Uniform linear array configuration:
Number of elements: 8
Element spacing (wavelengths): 0.75
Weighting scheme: hann
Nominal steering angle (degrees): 45
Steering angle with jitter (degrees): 43.774
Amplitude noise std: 0.05
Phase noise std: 0.05

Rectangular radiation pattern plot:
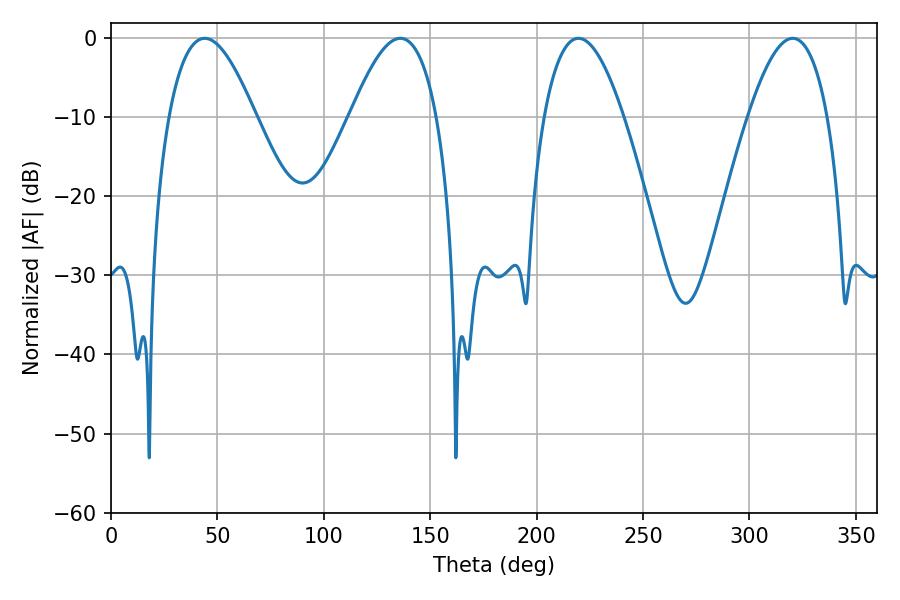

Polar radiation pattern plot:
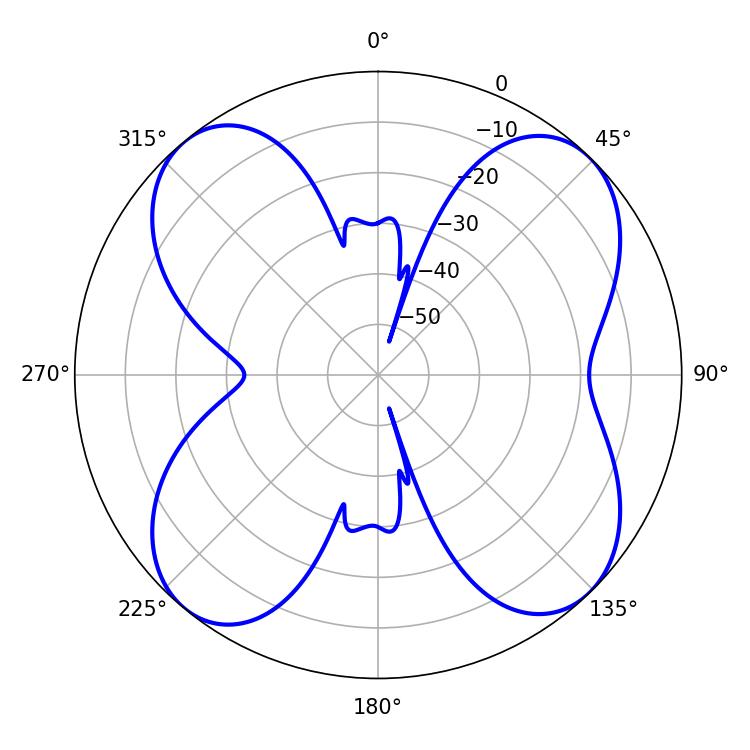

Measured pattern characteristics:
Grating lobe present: TRUE
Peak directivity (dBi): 12.805
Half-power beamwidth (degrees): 20.52
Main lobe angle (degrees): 219.6